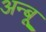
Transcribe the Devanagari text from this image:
अन्बू